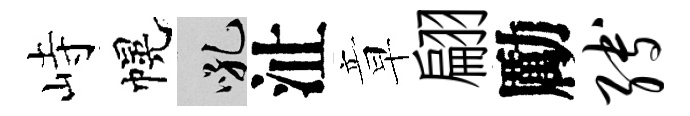
峙幌吼沚章翩勵缚